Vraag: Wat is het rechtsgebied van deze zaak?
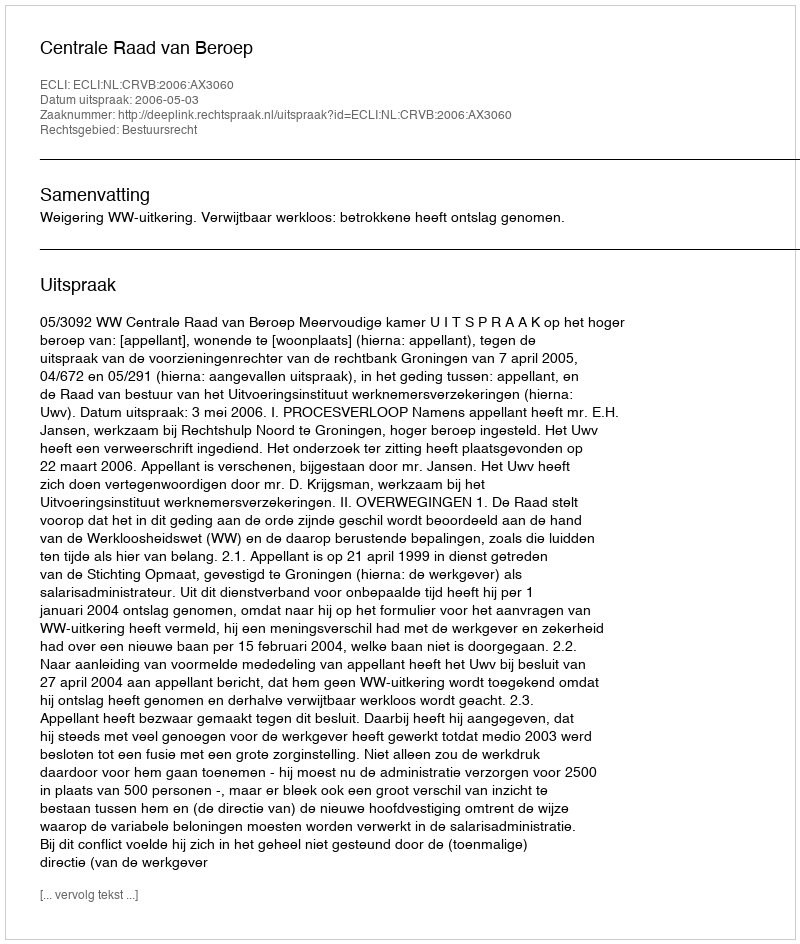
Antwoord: Bestuursrecht